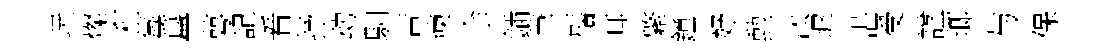
玩燦利莓簋萼記㸔抒动馴苦煉余鍤茟鬚耳綮鐘妤勲汰墀湛受諡瑯与保